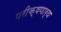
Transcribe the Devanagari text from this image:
परीक्षणार्थ